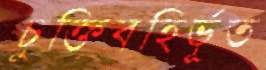
চুক্তিবহির্ভূত